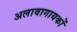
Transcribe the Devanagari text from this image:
अलावागायकों